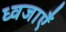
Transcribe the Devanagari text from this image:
ध्वजाएँ